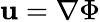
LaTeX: \mathbf{u}=\nabla\Phi